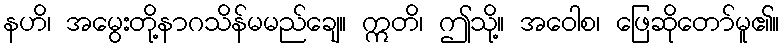
နဟိ၊ အမွေးတို့နာဂသိန်မမည်ချေ။ ဣတိ၊ ဤသို့။ အဝေါစ၊ ဖြေဆိုတော်မူ၏။